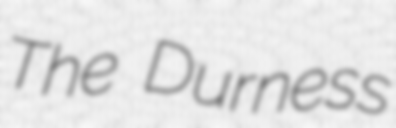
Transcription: The Durness